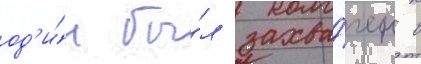
од'и́н бы́л захва́чен в